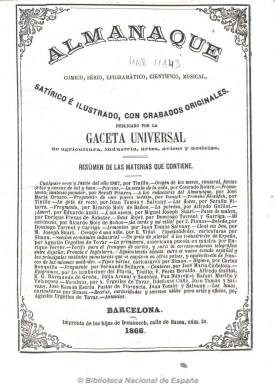
Título: Almanaque cómico, sério, epigramático, científico, musical, satírico e ilustrado, con grabados originales
Otros títulos: Almanaque satírico e ilustrado
Colección: Almanaques
Ámbito geográfico: Barcelona
Lugar de publicación: Barcelona
Fechas: 01/01/1867-31/12/1867

Publicado por la Gaceta universal de agricultura, industria, artes, avisos y noticias, en un volumen de unas cuarenta páginas. Contiene santoral, fiestas, tarifas de correos y un juicio para el año 1867, así como notas sobre el origen de los meses, composiciones en verso, baladas, epigramas, y artículos sobre industria, higiene, recetas y secretos útiles para artes y oficios, además de anuncios publicitarios. Entre sus autores se encuentran José María Orozco, Juan Tomás y Salvany, Eduardo Amill, Domingo Torrent y Garriga, Enrique Ferrer y J. Planas, así como Simón, autor de sus caricaturas y otros dibujos.